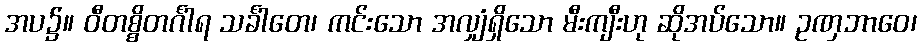
အပ၌။ ဝီတစ္စိတင်္ဂါရ သင်္ခါတေ၊ ကင်းသော အလျှံရှိသော မီးကျီးဟု ဆိုအပ်သော။ ဥဏှဘာဝေ၊